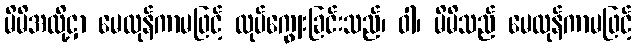
မိမိအလို့ငှာ မေထုန်ကာမဖြင့် လုပ်ကျွေးခြင်းသည်၊ ဝါ၊ မိမိသည် မေထုန်ကာမဖြင့်